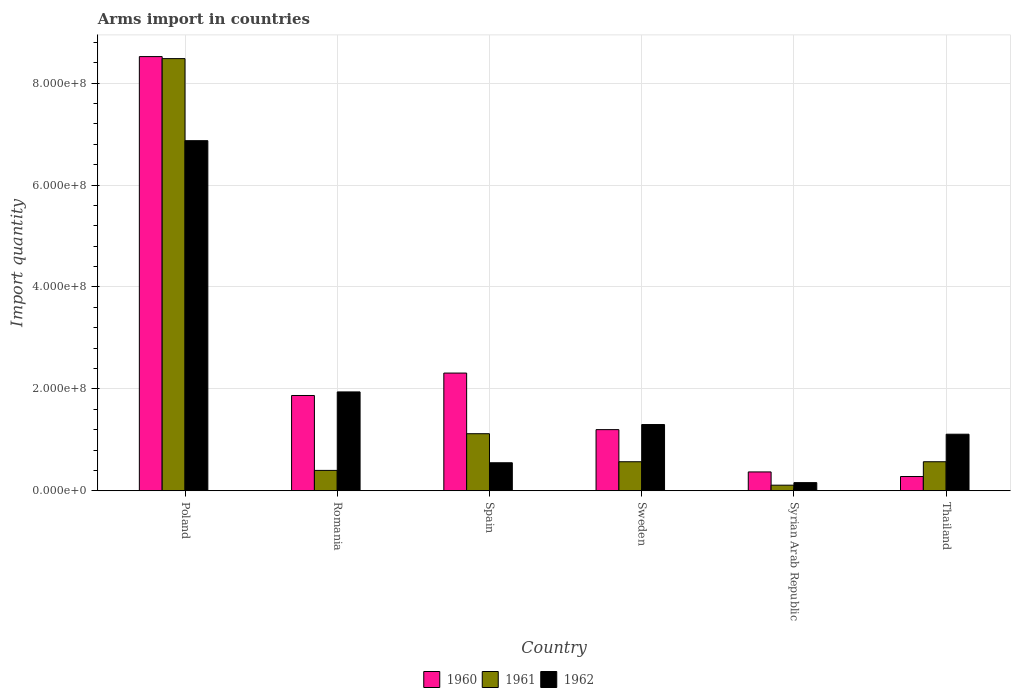
| Country | 1960 | 1961 | 1962 |
 | --- | --- | --- | --- |
 | Poland | 8.52e+08 | 8.48e+08 | 6.87e+08 |
 | Romania | 1.87e+08 | 4e+07 | 1.94e+08 |
 | Spain | 2.31e+08 | 1.12e+08 | 5.5e+07 |
 | Sweden | 1.2e+08 | 5.7e+07 | 1.3e+08 |
 | Syrian Arab Republic | 3.7e+07 | 1.1e+07 | 1.6e+07 |
 | Thailand | 2.8e+07 | 5.7e+07 | 1.11e+08 |